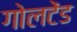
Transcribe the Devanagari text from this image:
गोलटेंड